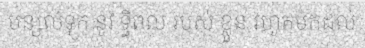
បន្សល់ទុក នូវ ទ្ធិពល របស់ ខ្លួន រហូតមកដល់